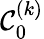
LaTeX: \mathcal{C}_{0}^{(k)}